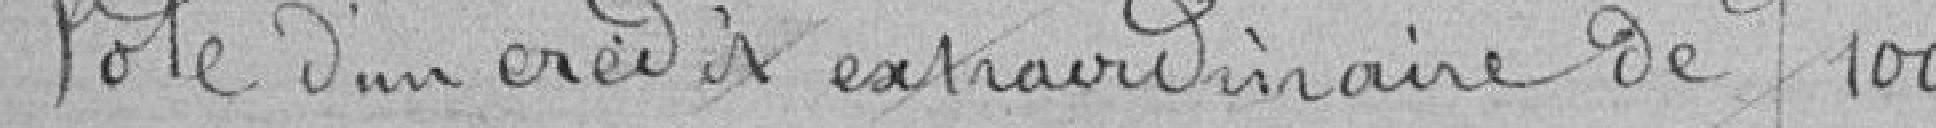
Vote d'un crédit extraordinaire de francs 100